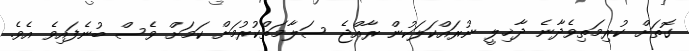
ގޮތަށް ކުރިމަތިވެދާނެ ދާޚިލީ ނުރައްކަލަކުން ރާއްޖެ ސަލާމަތްކުރުމަށް ކަމަށް ވެސް ބުނެފައިވެ އެވެ.